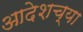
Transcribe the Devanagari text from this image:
आदेशच्या